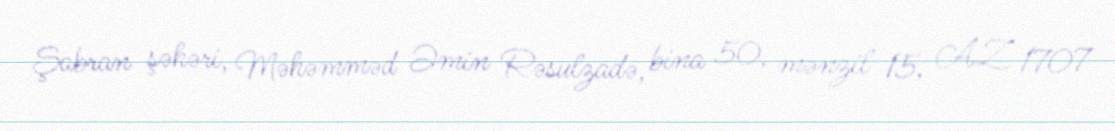
Şabran şəhəri, Məhəmməd Əmin Rəsulzadə, bina 50, mənzil 15, AZ 1707